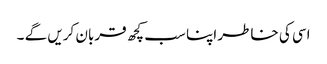
اسی کی خاطر اپنا سب کچھ قربان کریں گے ۔